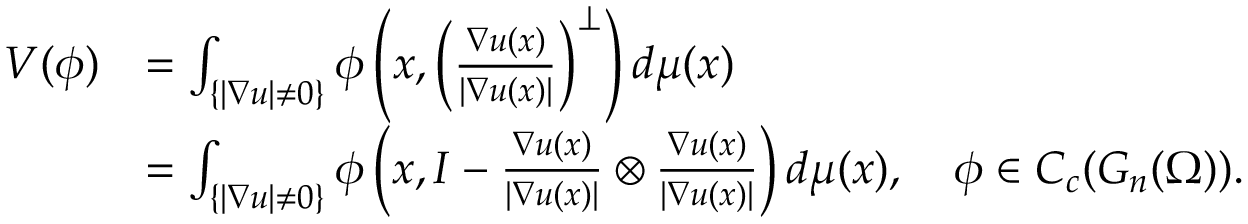
\begin{array} { r l } { V ( \phi ) } & { = \int _ { \{ | \nabla u | \neq 0 \} } \phi \left( x , \left( \frac { \nabla u ( x ) } { | \nabla u ( x ) | } \right) ^ { \perp } \right) d \mu ( x ) } \\ & { = \int _ { \{ | \nabla u | \neq 0 \} } \phi \left( x , I - \frac { \nabla u ( x ) } { | \nabla u ( x ) | } \otimes \frac { \nabla u ( x ) } { | \nabla u ( x ) | } \right) d \mu ( x ) , \quad \phi \in C _ { c } ( G _ { n } ( \Omega ) ) . } \end{array}